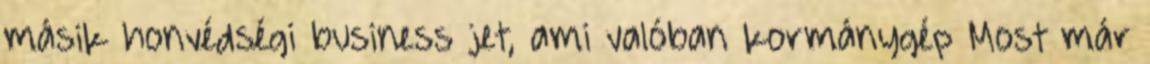
másik honvédségi business jet, ami valóban kormánygép Most már